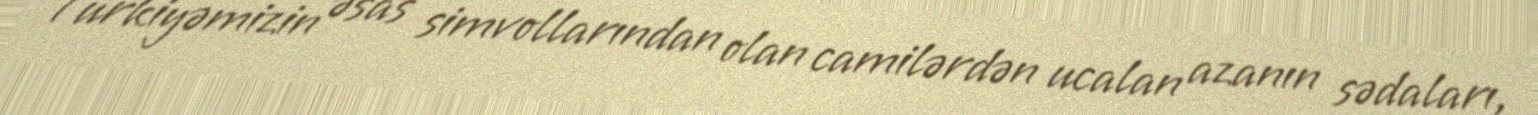
Türkiyəmizin əsas simvollarından olan camilərdən ucalan azanın sədaları,